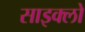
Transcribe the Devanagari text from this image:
साइक्लो